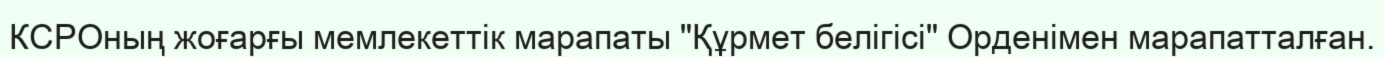
КСРОның жоғарғы мемлекеттік марапаты "Құрмет белігісі" Орденімен марапатталған.